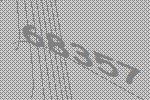
68357